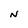
Character: N